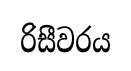
රිසීවරය